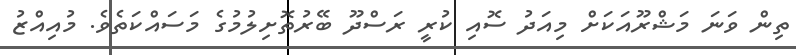
ތިން ވަނަ މަޝްރޫއަކަށް މިއަދު ސޮއި ކުރީ ރަސްދޫ ބޭރުތޮށިލުމުގެ މަސައްކަތެވެ. މުއިއްޒު